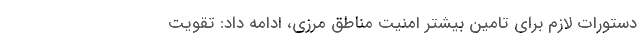
دستورات لازم برای تامین بیشتر امنیت مناطق مرزی، ادامه داد: تقویت